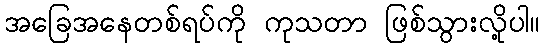
အခြေအနေတစ်ရပ်ကို ကုသတာ ဖြစ်သွားလို့ပါ။